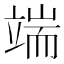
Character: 端